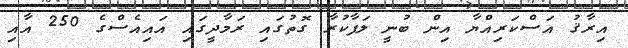
އިރާޤު އަސްކަރިއްޔާ އިން ބުނީ ލަފާކުރާ ގޮތުގައި ރަމާދީގައި އައިއެސްގެ 250 އާއި